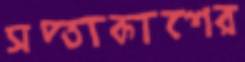
সপ্তাকাশের